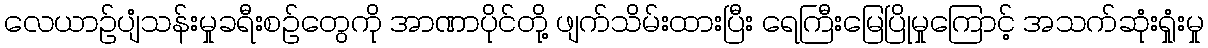
လေယာဉ်ပျံသန်းမှုခရီးစဉ်တွေကို အာဏာပိုင်တို့ ဖျက်သိမ်းထားပြီး ရေကြီးမြေပြိုမှုကြောင့် အသက်ဆုံးရှုံးမှု